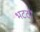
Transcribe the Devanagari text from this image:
भटठों